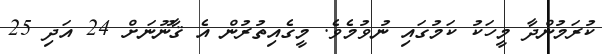
ކުރަމުންދާ މީހަކު ކަމުގައި ނުވުމެވެ. މީގެއިތުރުން އެ ޤާނޫނަށް 24 އަދި 25